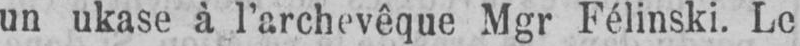
un ukase à l’archevêque Mgr Félinski. Le